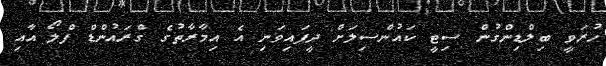
ހުރަވީ ބިލްޑިންގުން ސިޓީ ކައުންސިލަށް ދީފައިވަނި އެ އިމާރާތުގެ ގްރައުންޑް ފްލޯ އާއި